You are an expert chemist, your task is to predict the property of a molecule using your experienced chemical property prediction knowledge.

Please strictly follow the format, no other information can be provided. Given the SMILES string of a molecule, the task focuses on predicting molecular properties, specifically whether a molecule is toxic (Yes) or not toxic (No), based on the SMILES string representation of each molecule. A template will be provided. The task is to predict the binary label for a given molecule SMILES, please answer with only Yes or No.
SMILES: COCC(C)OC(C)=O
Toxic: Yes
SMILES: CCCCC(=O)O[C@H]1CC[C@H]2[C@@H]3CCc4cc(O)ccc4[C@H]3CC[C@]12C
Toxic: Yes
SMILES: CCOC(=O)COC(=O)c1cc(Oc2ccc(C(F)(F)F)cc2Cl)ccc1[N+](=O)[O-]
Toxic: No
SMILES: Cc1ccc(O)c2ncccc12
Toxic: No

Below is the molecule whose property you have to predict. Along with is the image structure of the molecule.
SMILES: O=C(N/N=C/c1ccccc1O)c1ccncc1
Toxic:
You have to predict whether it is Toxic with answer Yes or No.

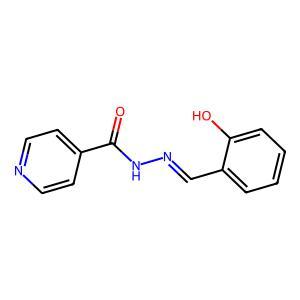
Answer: No